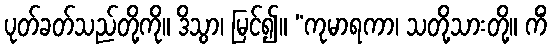
ပုတ်ခတ်သည်တို့ကို။ ဒိသွာ၊ မြင်၍။ “ကုမာရကာ၊ သတို့သားတို့။ ကိံ